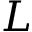
L